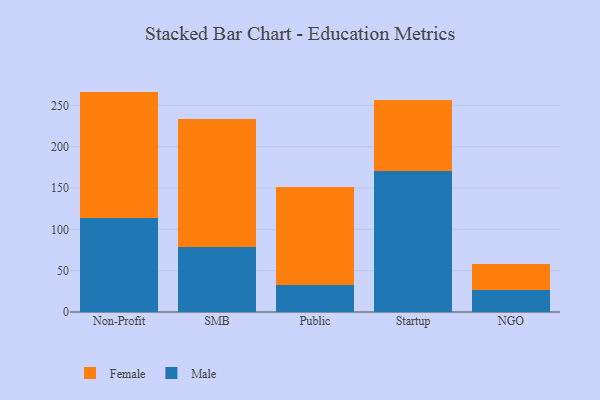
{"axis": {"x": "Segment", "y": "Waste Production (Tons)"}, "legend": ["Female", "Male"], "data": [{"x": "Non-Profit", "y": 114.0, "type": "Male"}, {"x": "Non-Profit", "y": 152.6, "type": "Female"}, {"x": "SMB", "y": 78.8, "type": "Male"}, {"x": "SMB", "y": 154.8, "type": "Female"}, {"x": "Public", "y": 32.3, "type": "Male"}, {"x": "Public", "y": 119.1, "type": "Female"}, {"x": "Startup", "y": 170.1, "type": "Male"}, {"x": "Startup", "y": 86.3, "type": "Female"}, {"x": "NGO", "y": 27.2, "type": "Male"}, {"x": "NGO", "y": 31.0, "type": "Female"}]}